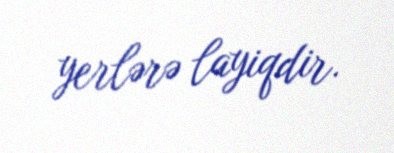
yerlərə layiqdir.